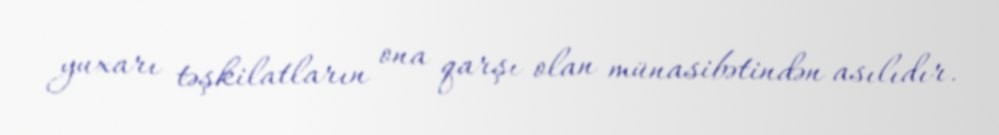
yuxarı təşkilatların ona qarşı olan münasibətindən asılıdır.